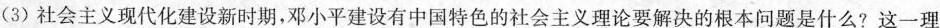
(3) 社会主义现代化建设新时期，邓小平建设有中国特色的社会主义理论要解决的根本问题是什么?这一理